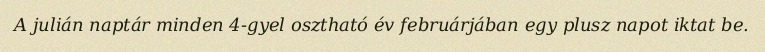
A julián naptár minden 4-gyel osztható év februárjában egy plusz napot iktat be.